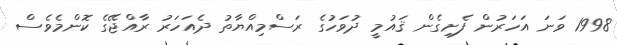
1998 ވަނަ އަހަރުން ފެށިގެން ޤައުމީ ދުވަހުގެ ރަސްމިއްޔާތު ދެއަހަރު ރާއްޖޭގެ ކޮންމެވެސް